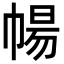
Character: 𭘩